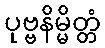
ပုဗ္ဗနိမ္မိတ္တံ